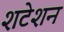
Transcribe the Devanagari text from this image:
शटेशन